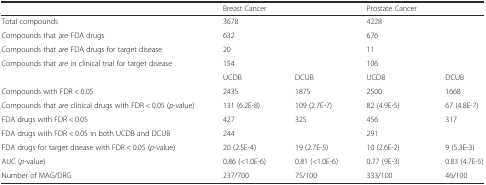
<table><thead><tr><td></td><td><b>Breast Cancer</b></td><td></td><td><b>Prostate Cancer</b></td><td></td></tr></thead><tbody><tr><td>Total compounds</td><td>3678</td><td></td><td>4228</td><td></td></tr><tr><td>Compounds that are FDA drugs</td><td>632</td><td></td><td>676</td><td></td></tr><tr><td>Compounds that are FDA drugs for target disease</td><td>20</td><td></td><td>11</td><td></td></tr><tr><td>Compounds that are in clinical trial for target disease</td><td>154</td><td></td><td>106</td><td></td></tr><tr><td></td><td>UCDB</td><td>DCUB</td><td>UCDB</td><td>DCUB</td></tr><tr><td>Compounds with FDR &lt; 0.05</td><td>2435</td><td>1875</td><td>2500</td><td>1668</td></tr><tr><td>Compounds that are clinical drugs with FDR &lt; 0.05 (<i>p</i>-value)</td><td>131 (6.2E-8)</td><td>109 (2.7E-7)</td><td>82 (4.9E-5)</td><td>67 (4.8E-7)</td></tr><tr><td>FDA drugs with FDR &lt; 0.05</td><td>427</td><td>325</td><td>456</td><td>317</td></tr><tr><td>FDA drugs with FDR &lt; 0.05 in both UCDB and DCUB</td><td>244</td><td></td><td>291</td><td></td></tr><tr><td>FDA drugs for target disease with FDR &lt; 0.05 (<i>p</i>-value)</td><td>20 (2.5E-4)</td><td>19 (2.7E-5)</td><td>10 (2.6E-2)</td><td>9 (5.3E-3)</td></tr><tr><td>AUC (<i>p</i>-value)</td><td>0.86 (&lt;1.0E-6)</td><td>0.81 (&lt;1.0E-6)</td><td>0.77 (9E-3)</td><td>0.83 (4.7E-5)</td></tr><tr><td>Number of MAG/DRG</td><td>237/700</td><td>75/100</td><td>333/100</td><td>46/100</td></tr></tbody></table>